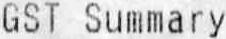
GST SUMMARY